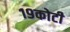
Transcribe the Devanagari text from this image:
१९कोटी